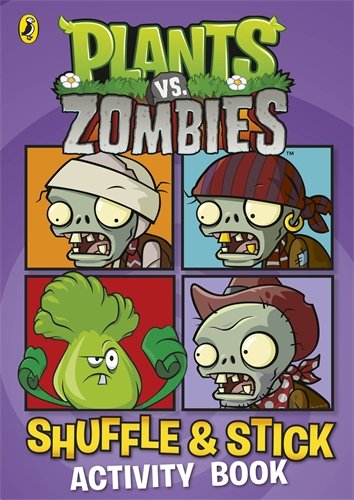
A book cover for Plants vs. Zombies: Shuffle & Stick Activity Book; Children's Books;